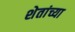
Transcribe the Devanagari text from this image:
शेतांच्या